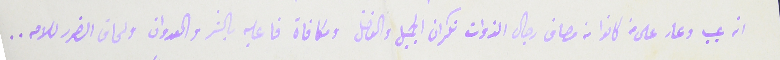
انه عيب وعار على من كانوا من مصاف رجال الذوات نكران الجميل والفضل ومكافآة فاعليه بالشر والعدوان ولحاق الضرر للامه..